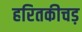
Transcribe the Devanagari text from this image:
हरितकीचड़